Civil Veterinary Dept. North-West Frontier Province 1901-22 - 1901-1922
Year: 1901
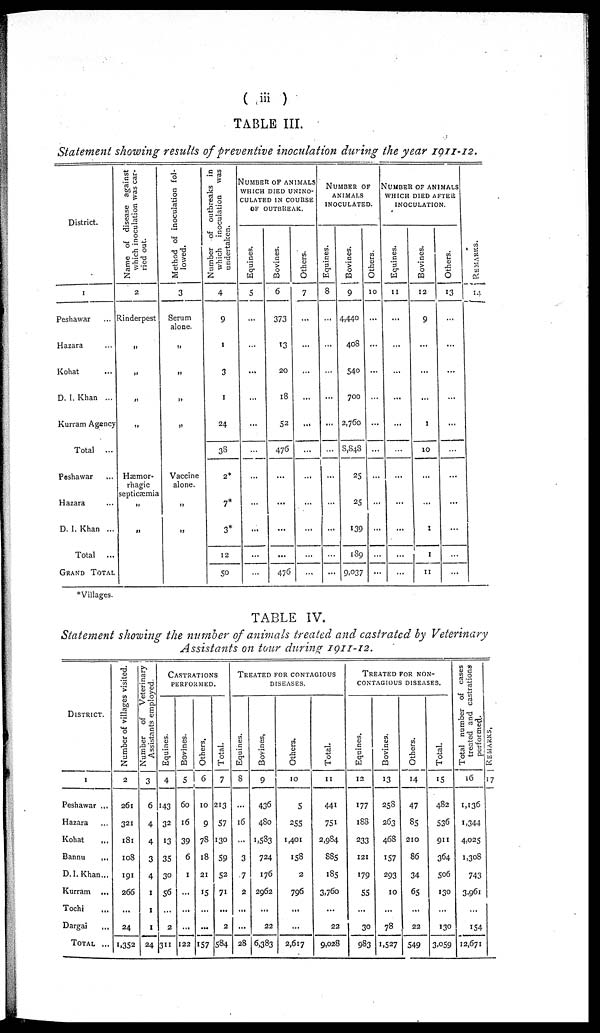
( iii )
TABLE III.
Statement showing results of preventive inoculation during the year 1911-12.
District.
1
Peshawar ...
Hazara ...
Kohat ...
D. I. Khan ...
Kurram Agency
Total
...
Peshawar ...
Hazara ...
D. I. Khan ...
Total
...
GRAND TOTAL
Name of disease against
which inoculation was car-
ried out.
2
Rinderpest
„
„
„
„
Hæmor-
rhagic
septicæmia
„
„
Method of inoculation fol-
lowed.
3
Serum
alone.
„
„
„
„
Vaccine
alone.
„
„
Number of outbreaks in
which inoculation
was
undertaken.
4
9
1
3
1
24
38
2*
7*
3*
12
50
NUMBER OF ANIMALS
WHICH DIED UNINO-
CULATED IN COURSE
OF OUTBREAK.
Equines.
5
...
...
...
...
...
...
...
...
...
...
...
Bovines.
6
373
13
20
18
52
476
...
...
...
...
476
Others.
7
...
...
...
...
...
...
...
...
...
...
...
NUMBER OF
ANIMALS
INOCULATED.
Equines.
8
...
...
...
...
...
...
...
...
...
...
...
Bovines.
9
4,440
408
540
700
2,760
8,848
25
25
139
189
9,037
Others.
10
...
...
...
...
...
...
...
...
...
...
...
NUMBER OF ANIMALS
WHICH DIED AFTER
INOCULATION.
Equines.
11
...
...
...
...
...
...
...
...
...
...
...
Bovines.
12
9
...
...
...
1
10
...
...
1
1
11
Others.
13
...
...
...
...
...
...
...
...
...
...
...
REMARKS .
14
*Villages.
TABLE IV.
Statement showing the number of animals treated and castrated by Veterinary
Assistants on tour during 1911-12.
DISTRICT.
1
Peshawar ...
Hazara ...
Kohat ...
Bannu
...
D. I. Khan...
Kurram
...
Tochi ...
Dargai
...
TOTAL ...
Number of villages visited.
2
261
321
181
108
191
266
...
24
1,352
Number of
Veterinary
Assistants employed.
3
6
4
4
3
4
1
1
1
24
CASTRATIONS
PERFORMED.
Equines.
4
143
32
13
35
30
56
...
2
311
Bovines.
5
60
16
39
6
1
...
...
...
122
Others.
6
10
9
78
18
21
15
...
...
157
Total.
7
213
57
130
59
52
71
...
2
584
TREATED FOR CONTAGIOUS
DISEASES.
Equines.
8
...
16
3
7
2
...
...
28
Bovines.
9
436
480
1,583
724
176
2962
...
22
6,383
Others.
10
5
255
1,401
158
2
796
...
...
2,617
Total.
11
441
751
2,984
885
185
3,760
...
22
9,028
TREATED FOR NON-
CONTAGIOUS DISEASES.
Equines.
12
177
188
233
121
179
55
...
30
983
Bovines.
13
258
263
468
157
293
10
...
78
1,527
Others.
14
47
85
210
86
34
65
...
22
549
Total.
15
482
536
911
364
506
130
...
130
3,059
Total number of cases
treated and castrations
performed.
16
1,136
1,344
4,025
1,308
743
3,961
...
154
12,671
Remarks,
17